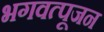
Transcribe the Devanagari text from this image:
भगवत्पूजन